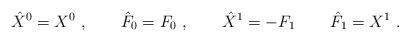
LaTeX: \begin{align*}\hat X^0 =X^0\ , \qquad \hat F_0 = F_0\ , \qquad \hat X^1 = - F_1\, \qquad\hat F_1 = X^1\ .\end{align*}